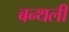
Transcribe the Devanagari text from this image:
बन्थली